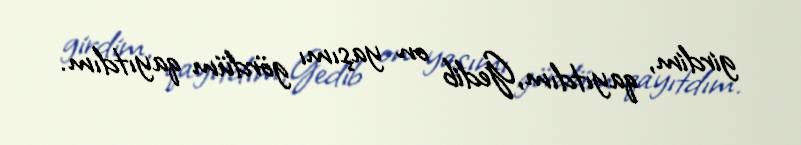
girdim, qayıtdım,Gedib on yaşımı gördüm qayıtdım.